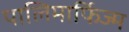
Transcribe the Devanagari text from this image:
पालिमार्फिज्म